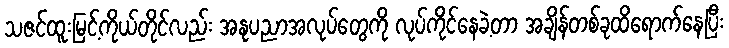
သဇင်ထူးမြင့်ကိုယ်တိုင်လည်း အနုပညာအလုပ်တွေကို လုပ်ကိုင်နေခဲ့တာ အချိန်တစ်ခုထိရောက်နေပြီး